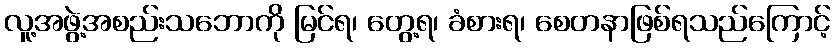
လူ့အဖွဲ့အစည်းသဘောကို မြင်ရ၊ တွေ့ရ၊ ခံစားရ၊ စေတနာဖြစ်ရသည်ကြောင့်